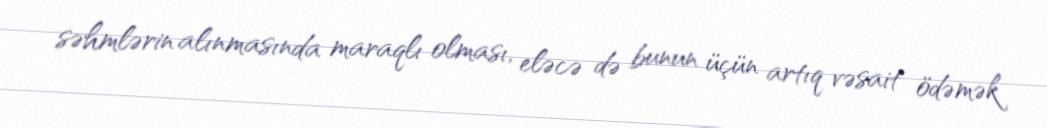
səhmlərin alınmasında maraqlı olması, eləcə də bunun üçün artıq vəsait ödəmək